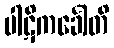
ပါဋိကင်္ခေါတိ